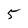
Character: 5